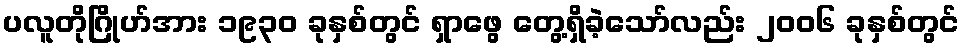
ပလူတိုဂြိုဟ်အား ၁၉၃၀ ခုနှစ်တွင် ရှာဖွေ တွေ့ရှိခဲ့သော်လည်း ၂၀၀၆ ခုနှစ်တွင်